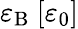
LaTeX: \varepsilon_{\mathrm{B}}~[\varepsilon_{0}]